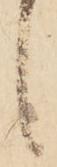
候